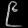
Digit: ၉